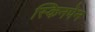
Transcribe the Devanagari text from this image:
स्किनपेन